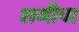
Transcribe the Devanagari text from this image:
शमीचा